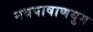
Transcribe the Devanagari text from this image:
नवपाषाणयुग